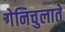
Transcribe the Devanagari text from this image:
गेनिचुलाते